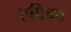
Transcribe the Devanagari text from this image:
एप्रिका